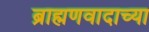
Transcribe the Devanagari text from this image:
ब्राह्मणवादाच्या